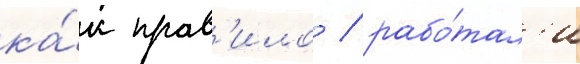
ка́к прав'ило / рабо́тал'и